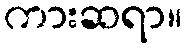
ကားဆရာ။